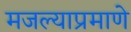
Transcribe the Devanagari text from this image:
मजल्याप्रमाणे